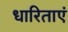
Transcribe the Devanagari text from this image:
धारिताएं